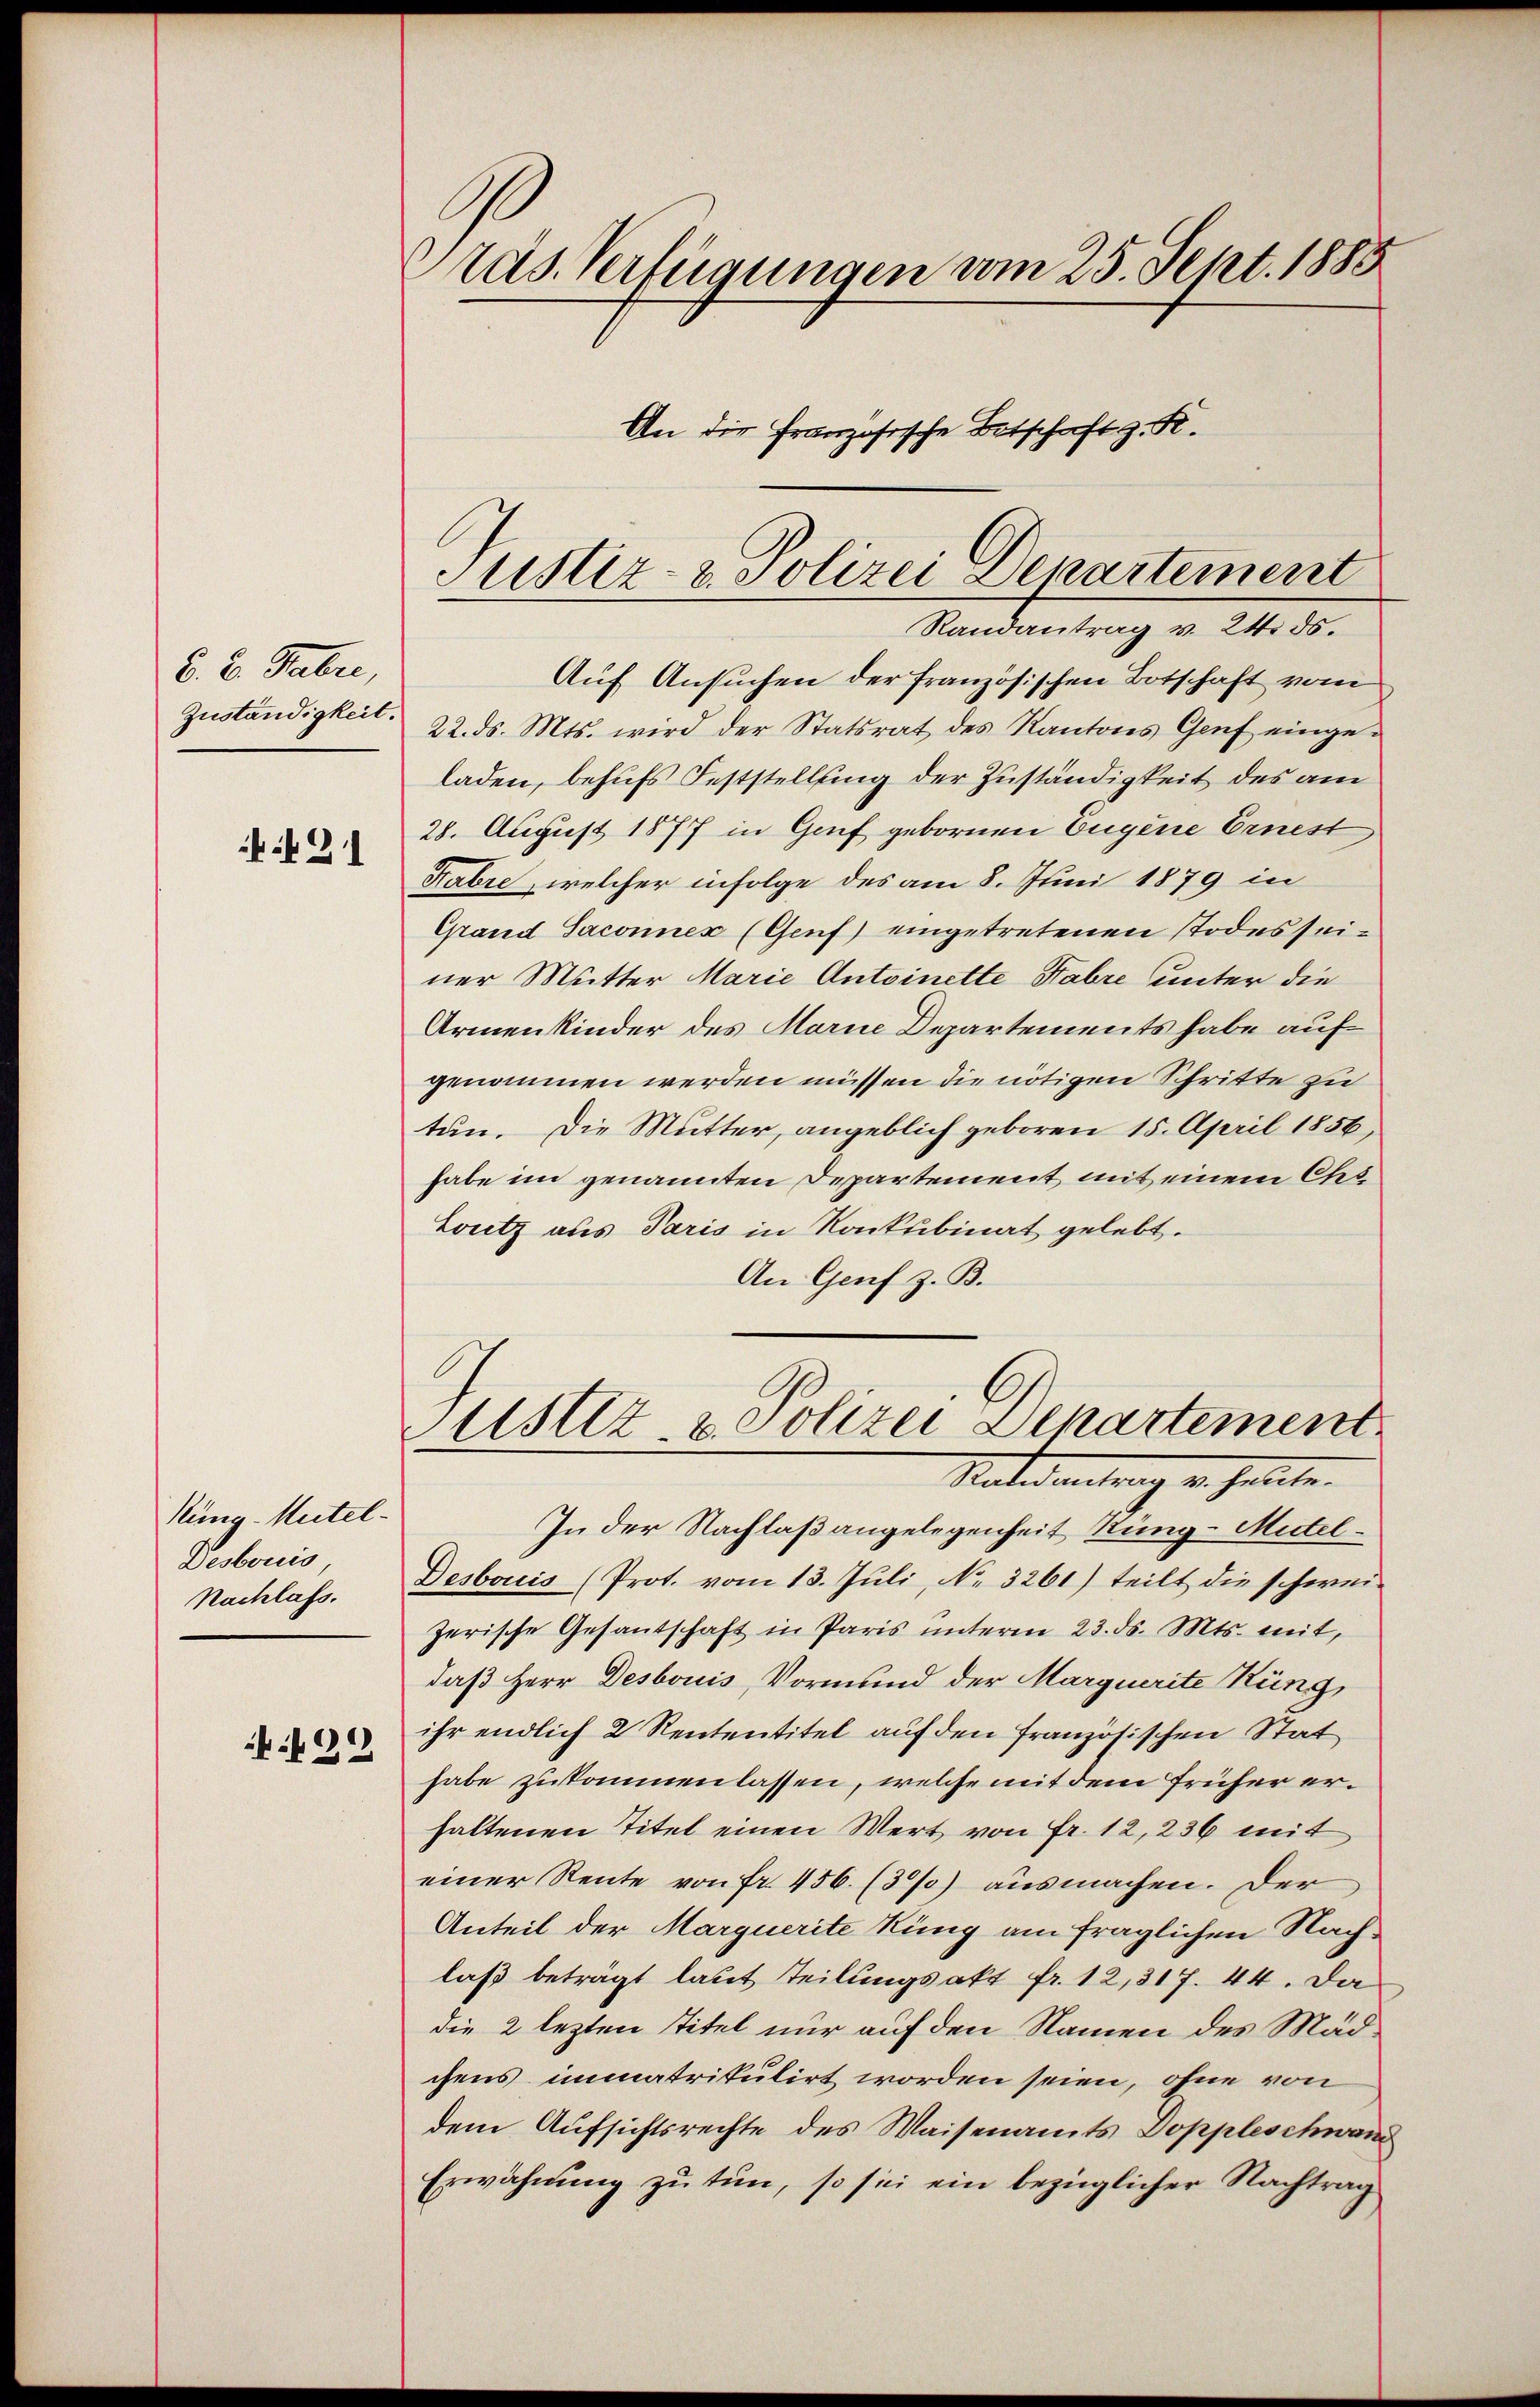
B. 2. Fabri,
Zuständigkeit.

21

Küng - Mutel¬
Desbouis
Nachlass.

499

ras. Verfügungen vom 25. Sept. 1888
An die französische Betschaft z. K.

Justiz- & Polizei Departement
Randantrag v. 24. ds.

Auf Ansuchen der französischen Botschaft vom
22. ds. Mts. wird der Statsrat des Kantons Genf eingeladen, behufs Feststellung der Zuständigkeit des am
28. August 1877 in Genf gebornen Eugene Ernest,
Fabre, welcher infolge des am 8. Juni 1879 in
Grand Saconnex (Genf) eingetretenen Todesseiner Mutter Marie Antoinette Fabre unter die
Armenkinder des Marie Departements habe aufgenommen werden müssen die nötigen Schritte zu
tun. Die Mutter, angeblich geboren 15. April 1856
habe im genannten Departement mit einem Ch
Loutz aus Paris in Konkubinat gelebt.
An Genf z. B.
ustiz- u. Polizei Departement
Rates
In der Nachlaßangelegenheit Ring - Mittel¬
Desbouis (Prot. vom 13. Juli, No. 3261) teilt die schweizerische Gesantschaft in Paris unterm 23. ds. Mts. mit,
daß Herr Desbouis, Vormund der Marquerite Küng,
ihr endlich 2 Rententitel auf den französischen Stat
habe zukommenlassen, welche mit dem früher erhaltenen Titel einen Wert von Fr. 12, 236 mit
einer Rente von Fr. 456. 137) ausmachen. Der
Anteil der Marquerite Küng am fraglichen Nachlaß beträgt laut Teilungsakt fr. 12,317. 44. Da
die 2 lezten Titel nur auf den Namen des Mädchens immatrikulirt worden seien, ohne von
dem Aufsichtsrechte des Waisenamts Doppleschwan
Erwähnung zu tun, so sie ein bezüglicher Nachtrag